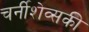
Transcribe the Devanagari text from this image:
चर्नीशेव्सकी